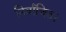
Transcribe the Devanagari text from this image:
निर्वाचित।